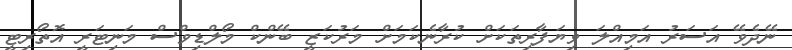
ނޭދެވޭ އަސަރު އަމިއްލަ ވިޔަފާރިތަކަށް ކުރާނެކަމަށް މަރުކަޒީ ބޭންކް މޯލްޑިވްސް މަނިޓަރީ އޮތޯރިޓީ